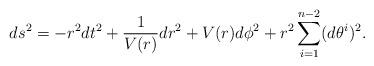
LaTeX: \begin{align*}ds^2 = -r^2 dt^2 + \frac{1}{V(r)} dr^2 + V(r) d\phi^2 + r^2\sum\limits_{i=1}^{n-2}(d\theta^i)^2 . \end{align*}